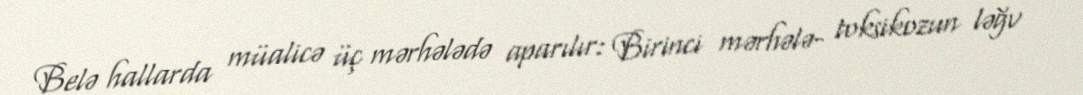
Belə hallarda müalicə üç mərhələdə aparılır: Birinci mərhələ- toksikozun ləğv